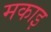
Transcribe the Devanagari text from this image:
मकाइ